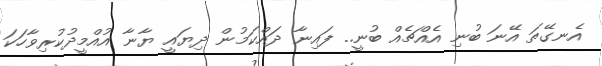
އެނގޭތަ އޭނަ ބުނި އެއްޗެއް ބުނީ.. ފައިނާ ދައްކަމުން ދިޔައީ ޔާނާ އުއްމީދުކުރިވާހަކަ